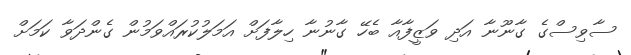
ސާވިސްގެ ގާނޫނާ އަދި ވަޒީފާއާ ބެހޭ ގާނުނާ ހިލާފަށް އަމަލުކުރައްވަމުން ގެންދަވާ ކަމަށް